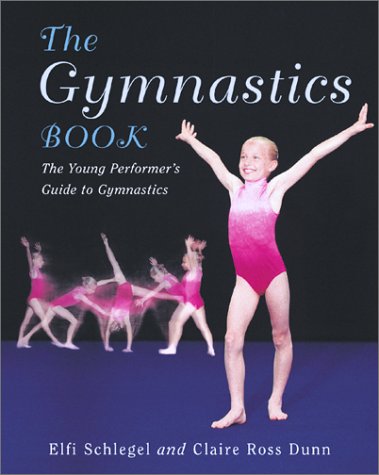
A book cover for The Gymnastics Book: The Young Performer's Guide to Gymnastics; Elfi Schlegel; Children's Books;